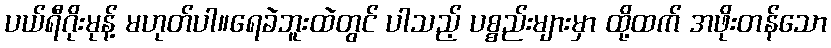
ပယ်ရီဂိုးမုန့် မဟုတ်ပါ။ရေခဲဘူးထဲတွင် ပါသည့် ပစ္စည်းများမှာ ထို့ထက် အဖိုးတန်သော